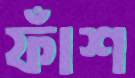
ফাঁশ